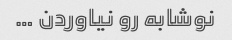
نوشابه رو نیاوردن …